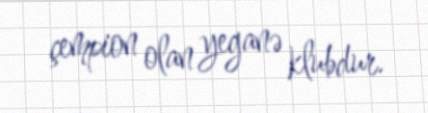
çempion olan yeganə klubdur.